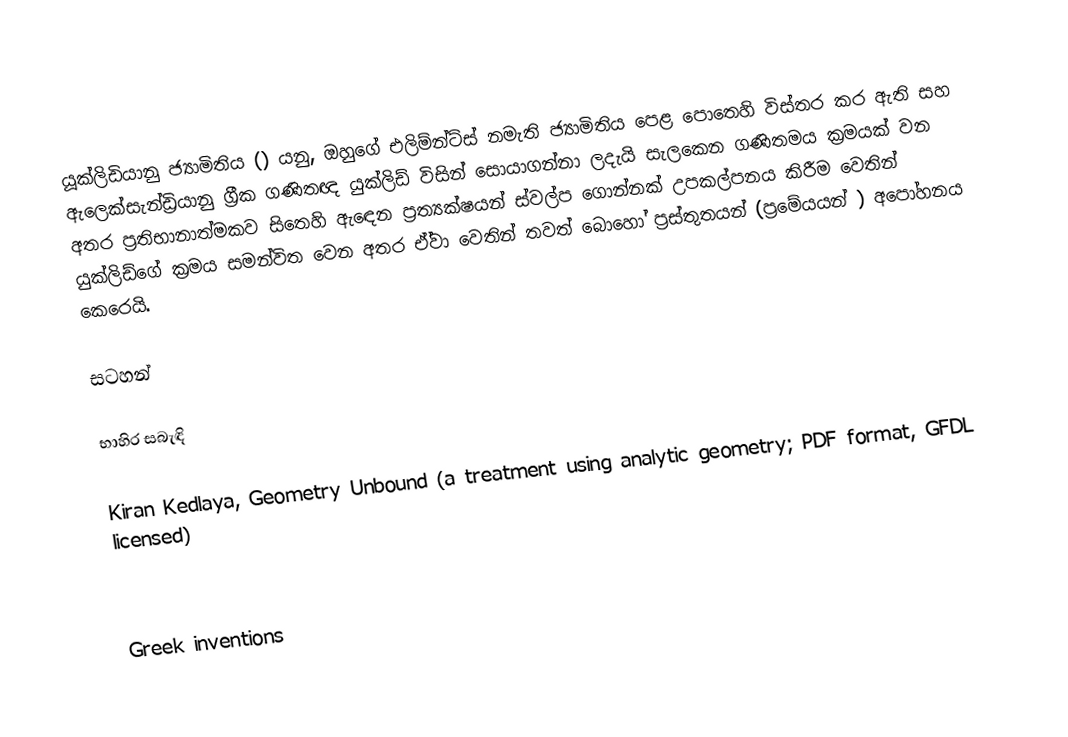
යූක්ලිඩියානු ජ්‍යාමිතිය () යනු,  ඔහුගේ එලිම්න්ට්ස් නමැති ජ්‍යාමිතිය පෙළ පොතෙහි විස්තර කර ඇති සහ  ඇලෙක්සැන්ඩ්‍රියානු  ග්‍රීක ගණිතඥ යුක්ලිඩ් විසින් සොයාගන්නා ලදැයි සැලකෙන ගණිතමය ක්‍රමයක් වන අතර ප‍්‍රතිභානාත්මකව සිතෙහි ඇ‌ඳෙන ප්‍රත්‍යක්ෂයන් ස්වල්ප ගොන්නක් උපකල්පනය කිරීම වෙතින් යුක්ලිඩ්ගේ ක්‍රමය සමන්විත වෙන අතර ඒ්වා වෙතින් තවත් බොහෝ  ප්‍රස්තුතයන්  (ප්‍රමේයයන් ) අපෝහනය කෙරෙයි.

සටහන්

භාහිර සබැඳි

Kiran Kedlaya, Geometry Unbound (a treatment using analytic geometry; PDF format, GFDL licensed)

Greek inventions